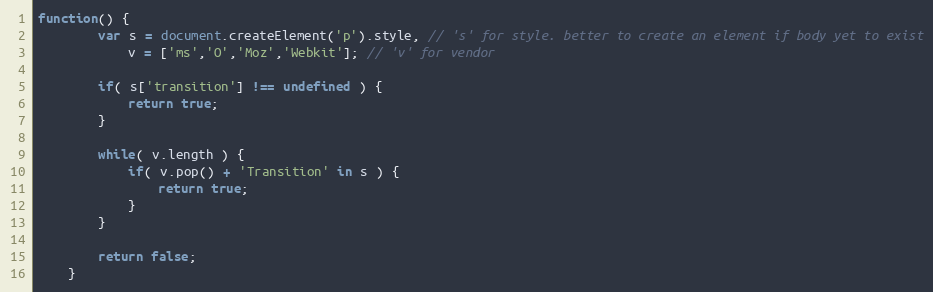
Language: JavaScript
function() {
		var s = document.createElement('p').style, // 's' for style. better to create an element if body yet to exist
			v = ['ms','O','Moz','Webkit']; // 'v' for vendor

		if( s['transition'] !== undefined ) {
			return true;
		}

		while( v.length ) {
			if( v.pop() + 'Transition' in s ) {
				return true;
			}
		}

		return false;
	}